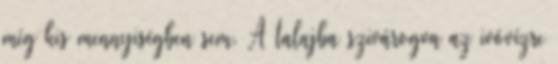
még kis mennyiségben sem. A talajba szivárogva az ivóvízre